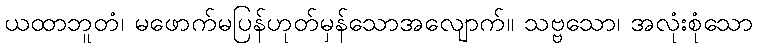
ယထာဘူတံ၊ မဖောက်မပြန်ဟုတ်မှန်သောအလျောက်။ သဗ္ဗသော၊ အလုံးစုံသော